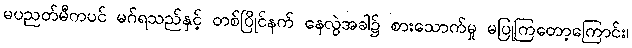
မပညတ်မီကပင် မဂ်ရသည်နှင့် တစ်ပြိုင်နက် နေလွဲအခါ၌ စားသောက်မှု မပြုကြတော့ကြောင်း၊